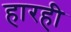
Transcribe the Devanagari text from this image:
हारही